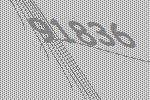
91836